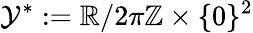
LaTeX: \mathcal{Y}^{*}:=\mathbb{{R}}/2\pi\mathbb{{Z}}\times\{ 0\} ^{2}